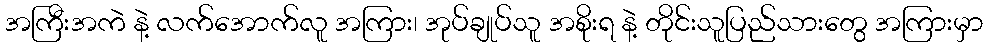
အကြီးအကဲ နဲ့ လက်အောက်လူ အကြား၊ အုပ်ချုပ်သူ အစိုးရ နဲ့ တိုင်းသူပြည်သားတွေ အကြားမှာ